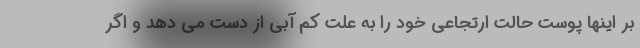
بر اینها پوست حالت ارتجاعی خود را به علت کم آبی از دست می دهد و اگر